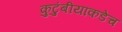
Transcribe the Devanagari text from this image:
कुटुंबीयांकडेच